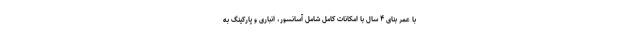
با عمر بنای ۴ سال با امکانات کامل شامل آسانسور، انباری و پارکینگ به